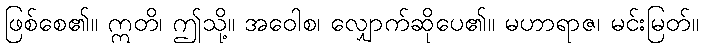
ဖြစ်စေ၏။ ဣတိ၊ ဤသို့။ အဝေါစ၊ လျှောက်ဆိုပေ၏။ မဟာရာဇ၊ မင်းမြတ်။